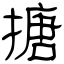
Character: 搪